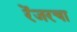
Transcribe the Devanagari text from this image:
रेंजरचा